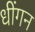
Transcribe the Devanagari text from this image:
धींगन